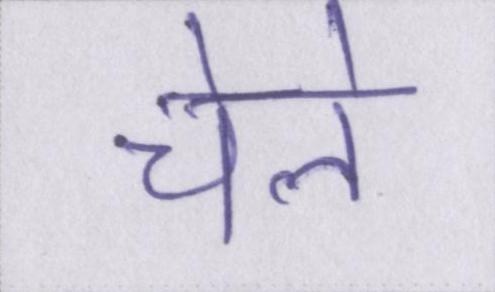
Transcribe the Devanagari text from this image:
चेले